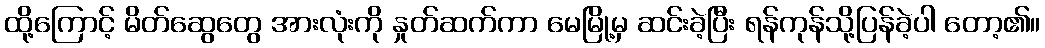
ထို့ကြောင့် မိတ်ဆွေတွေ အားလုံးကို နှုတ်ဆက်ကာ မေမြို့မှ ဆင်းခဲ့ပြီး ရန်ကုန်သို့ပြန်ခဲ့ပါ တော့၏။